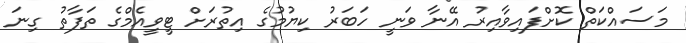
މަސައްކަތް ކޮށްފައިވާއިރު އޭނާ ވަނީ ހަބަރު ކިޔުމުގެ އިތުރަށް ޓީވީއެމްގެ ތަފާތު ގިނަ